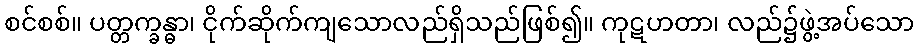
စင်စစ်။ ပတ္တက္ခန္ဓာ၊ ငိုက်ဆိုက်ကျသောလည်ရှိသည်ဖြစ်၍။ ကုဋဟတာ၊ လည်၌ဖွဲ့အပ်သော